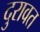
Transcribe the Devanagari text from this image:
दुरावत